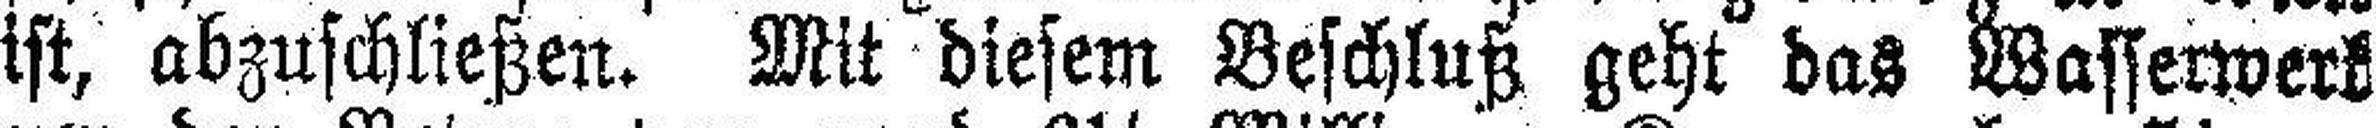
ist, abzuschließen. Mit diesem Beschluß geht das Wasserwerk